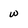
Character: w